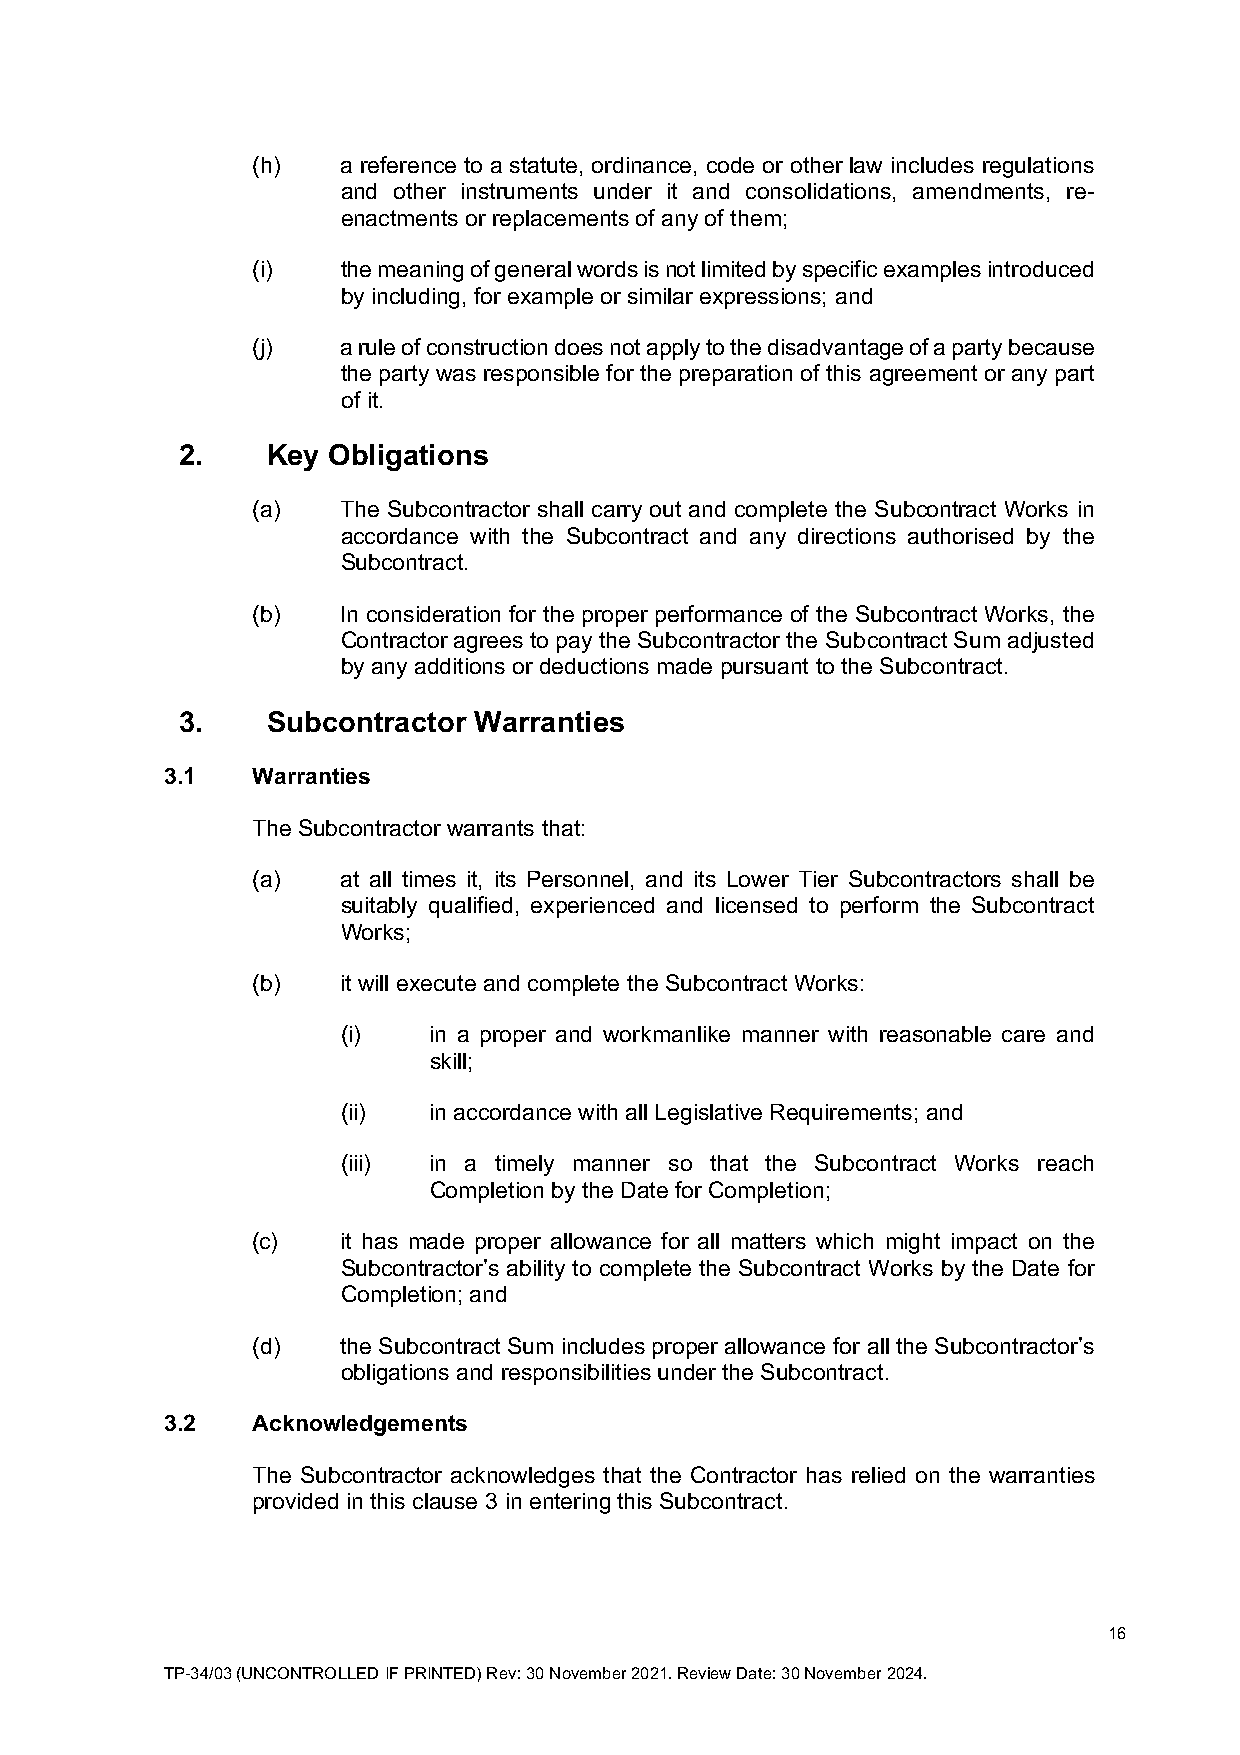
(h)   a reference to a statute, ordinance, code or other law includes regulations
 and other instruments under it and consolidations, amendments, re-
 enactments or replacements of any of them;
 (i)   the meaning of general words is not limited by specific examples introduced
 by including, for example or similar expressions; and
 (j)   a rule of construction does not apply to the disadvantage of a party because
 the party was responsible for the preparation of this agreement or any part
 of it.
 2.    Key Obligations
 (a)   The Subcontractor shall carry out and complete the Subcontract Works in
 accordance with the Subcontract and any directions authorised by the
 Subcontract.
 (b)   In consideration for the proper performance of the Subcontract Works, the
 Contractor agrees to pay the Subcontractor the Subcontract Sum adjusted
 by any additions or deductions made pursuant to the Subcontract.
 3.    Subcontractor Warranties
 3.1   Warranties
 The Subcontractor warrants that:
 (a)   at all times it, its Personnel, and its Lower Tier Subcontractors shall be
 suitably qualified, experienced and licensed to perform the Subcontract
 Works;
 (b)   it will execute and complete the Subcontract Works:
 (i)  in a proper and workmanlike manner with reasonable care and
 skill;
 (ii) in accordance with all Legislative Requirements; and
 (iii) in a timely manner so that the Subcontract Works reach
 Completion by the Date for Completion;
 (c)   it has made proper allowance for all matters which might impact on the
 Subcontractor’s ability to complete the Subcontract Works by the Date for
 Completion; and
 (d)   the Subcontract Sum includes proper allowance for all the Subcontractor’s
 obligations and responsibilities under the Subcontract.
 3.2   Acknowledgements
 The Subcontractor acknowledges that the Contractor has relied on the warranties
 provided in this clause 3 in entering this Subcontract.
 16
 TP-34/03 (UNCONTROLLED IF PRINTED) Rev: 30 November 2021. Review Date: 30 November 2024.